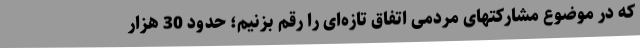
که در موضوع مشارکتهای مردمی اتفاق تازه‌ای را رقم بزنیم؛ حدود 30 هزار